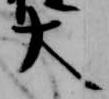
大